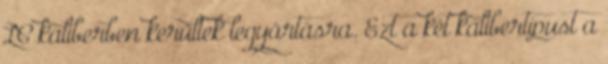
LC kaliberben kerültek legyártásra. Ezt a két kalibertípust a